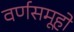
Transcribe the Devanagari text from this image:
वर्णसमूहो